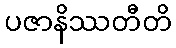
ပဇာနိဿတီတိ